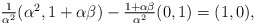
\begin{align*}\textstyle\frac{1}{\alpha^2}(\alpha^2,1+\alpha \beta) - \frac{1 + \alpha \beta}{\alpha^2} (0,1) = (1,0),\end{align*}